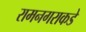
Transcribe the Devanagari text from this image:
रामनगराकडे